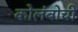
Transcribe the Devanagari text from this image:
कोलंबोची